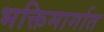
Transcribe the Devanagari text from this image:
भक्तिमार्गात